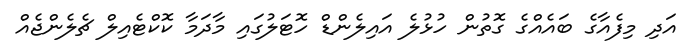
އަދި މިފެއާގެ ބައެއްގެ ގޮތުން ހުޅުލެ އައިލެންޑް ހޮޓަލުގައި މާދަމާ ކޮކްޓެއިލް ޗެލެންޖެއް